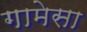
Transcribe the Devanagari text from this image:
गामेसा